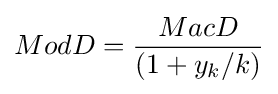
ModD={\frac {MacD}{(1+y_{k}/k)}}